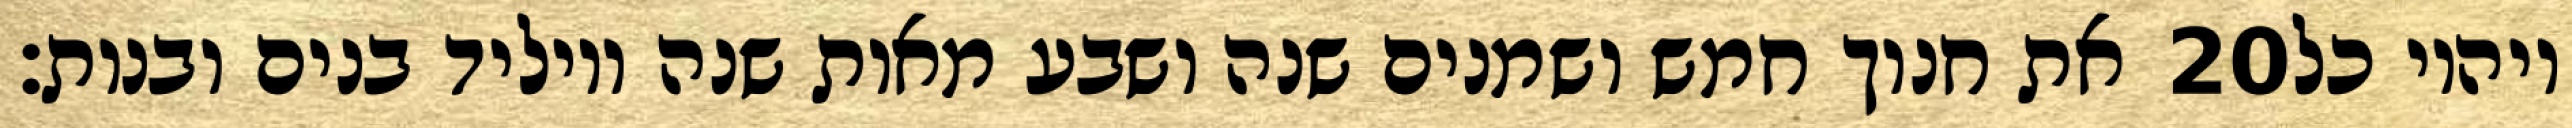
את חנוך חמש ושמנים שנה ושבע מאות שנה ויוליד בנים ובנות׃ ‎20‏ ויהיו כל